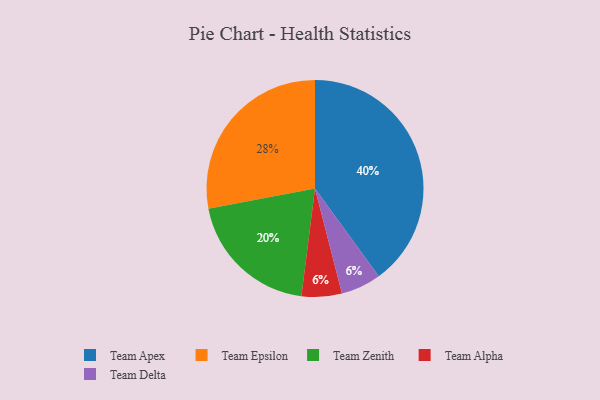
{"axis": {"x": "Category", "y": "Percentage"}, "legend": ["Team Alpha", "Team Apex", "Team Delta", "Team Epsilon", "Team Zenith"], "data": [{"x": "Team Zenith", "y": 20, "type": "Team Zenith"}, {"x": "Team Epsilon", "y": 28, "type": "Team Epsilon"}, {"x": "Team Apex", "y": 40, "type": "Team Apex"}, {"x": "Team Alpha", "y": 6, "type": "Team Alpha"}, {"x": "Team Delta", "y": 6, "type": "Team Delta"}]}